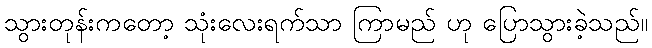
သွားတုန်းကတော့ သုံးလေးရက်သာ ကြာမည် ဟု ပြောသွားခဲ့သည်။